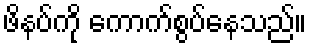
ဖိနပ်ကို ကောက်စွပ်နေသည်။